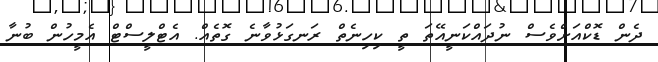
ދެން ޑޮކްއަށްވެސް ނުދައްކަނީއޭތަ ތީ ކިހިނެތް ރަނގަޅުވާނެ ގޮތެއް. އެޓްލީސްޓް އެމީހުން ބުނާ